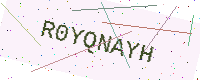
Text: R0YQNAYH